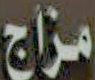
مزاج